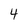
Character: 4